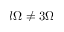
l \Omega \neq 3 \Omega